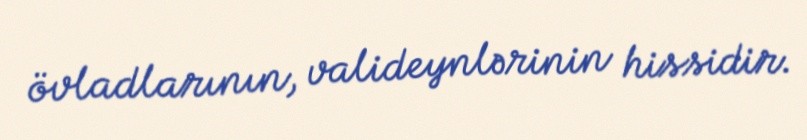
övladlarının, valideynlərinin hissidir.